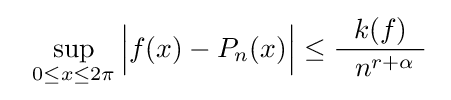
~~\sup _{0\leq x\leq 2\pi }{\Bigl |}f(x)-P_{n}(x){\Bigr |}\leq {\frac {\ k(f)\ }{~~n^{r+\alpha }\ }}\